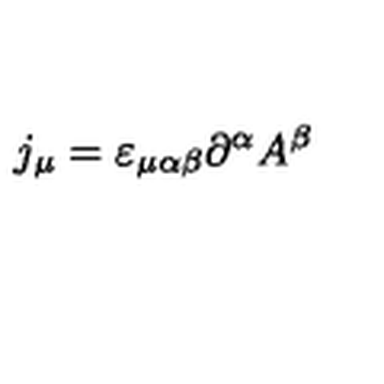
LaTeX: j _ { \mu } = \varepsilon _ { \mu \alpha \beta } \partial ^ { \alpha } A ^ { \beta }